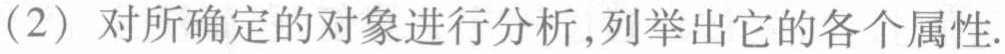
（2）对所确定的对象进行分析，列举出它的各个属性.